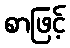
စာဖြင့်